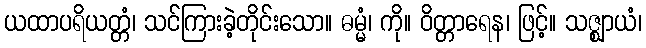
ယထာပရိယတ္တံ၊ သင်ကြားခဲ့တိုင်းသော။ ဓမ္မံ၊ ကို။ ဝိတ္တာရေန၊ ဖြင့်။ သဇ္ဈာယံ၊